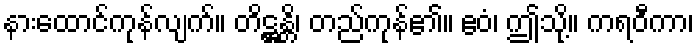
နားထောင်ကုန်လျက်။ တိဋ္ဌန္တိ၊ တည်ကုန်၏။ ဧဝံ၊ ဤသို့။ ကရဝီကာ၊